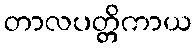
တာလပတ္တိကာယ